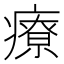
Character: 療